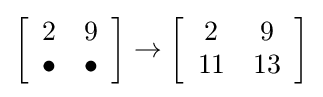
\left[{\begin{array}{*{20}c}2&9\\\bullet &\bullet \end{array}}\right]\to \left[{\begin{array}{*{20}c}2&9\\11&13\end{array}}\right]